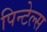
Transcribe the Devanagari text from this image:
पिन्टेल्स